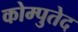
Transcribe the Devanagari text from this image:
कोम्पुतेद